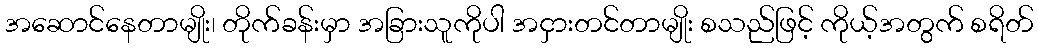
အဆောင်နေတာမျိုး၊ တိုက်ခန်းမှာ အခြားသူကိုပါ အငှားတင်တာမျိုး စသည်ဖြင့် ကိုယ့်အတွက် စရိတ်